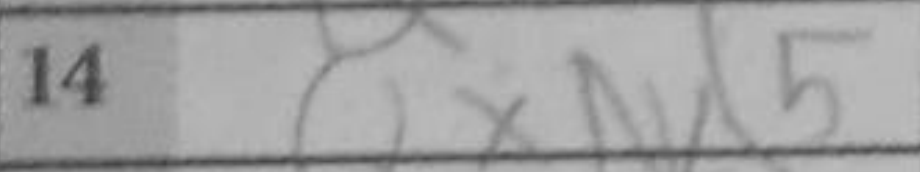
Transcription: QxNd5